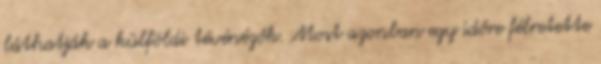
láthatják a külföldi tévénézők. Most azonban egy időre félretette